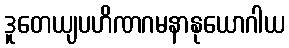
ဒူတေယျပဟိဏဂမနာနုယောဂါယ